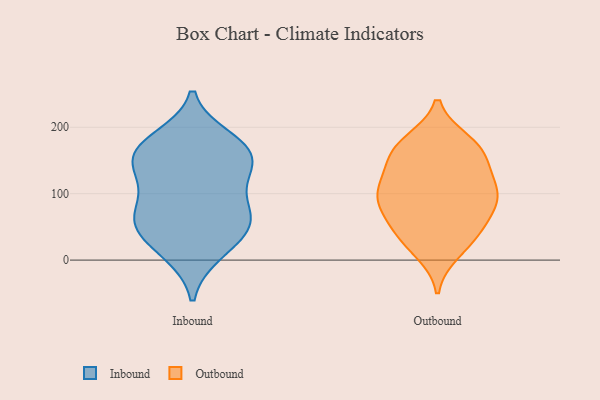
{"axis": {"x": "Conversion Rate (%)", "y": "Value"}, "legend": ["Inbound", "Outbound"], "data": [{"x": "", "y": 18, "type": "Inbound"}, {"x": "", "y": 124, "type": "Inbound"}, {"x": "", "y": 60, "type": "Inbound"}, {"x": "", "y": 61, "type": "Inbound"}, {"x": "", "y": 11, "type": "Inbound"}, {"x": "", "y": 160, "type": "Inbound"}, {"x": "", "y": 182, "type": "Inbound"}, {"x": "", "y": 71, "type": "Inbound"}, {"x": "", "y": 56, "type": "Inbound"}, {"x": "", "y": 108, "type": "Inbound"}, {"x": "", "y": 172, "type": "Inbound"}, {"x": "", "y": 136, "type": "Inbound"}, {"x": "", "y": 157, "type": "Inbound"}, {"x": "", "y": 163, "type": "Inbound"}, {"x": "", "y": 53, "type": "Inbound"}, {"x": "", "y": 78, "type": "Outbound"}, {"x": "", "y": 12, "type": "Outbound"}, {"x": "", "y": 90, "type": "Outbound"}, {"x": "", "y": 22, "type": "Outbound"}, {"x": "", "y": 117, "type": "Outbound"}, {"x": "", "y": 155, "type": "Outbound"}, {"x": "", "y": 179, "type": "Outbound"}, {"x": "", "y": 171, "type": "Outbound"}, {"x": "", "y": 177, "type": "Outbound"}, {"x": "", "y": 82, "type": "Outbound"}, {"x": "", "y": 91, "type": "Outbound"}, {"x": "", "y": 47, "type": "Outbound"}, {"x": "", "y": 105, "type": "Outbound"}, {"x": "", "y": 45, "type": "Outbound"}, {"x": "", "y": 46, "type": "Outbound"}, {"x": "", "y": 120, "type": "Outbound"}, {"x": "", "y": 159, "type": "Outbound"}, {"x": "", "y": 143, "type": "Outbound"}, {"x": "", "y": 100, "type": "Outbound"}]}